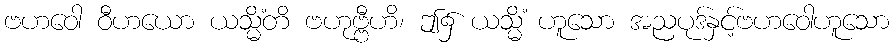
ဗဟဝေါ ဝီဟယော ယသ္မိံတိ ဗဟုဗ္ဗီဟိ၊ ဤ၌ ယသ္မိံ ဟူသော အညပုဒ်နှင့်ဗဟဝေါဟူသော